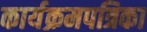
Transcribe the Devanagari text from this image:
कार्यक्रमपत्रिका